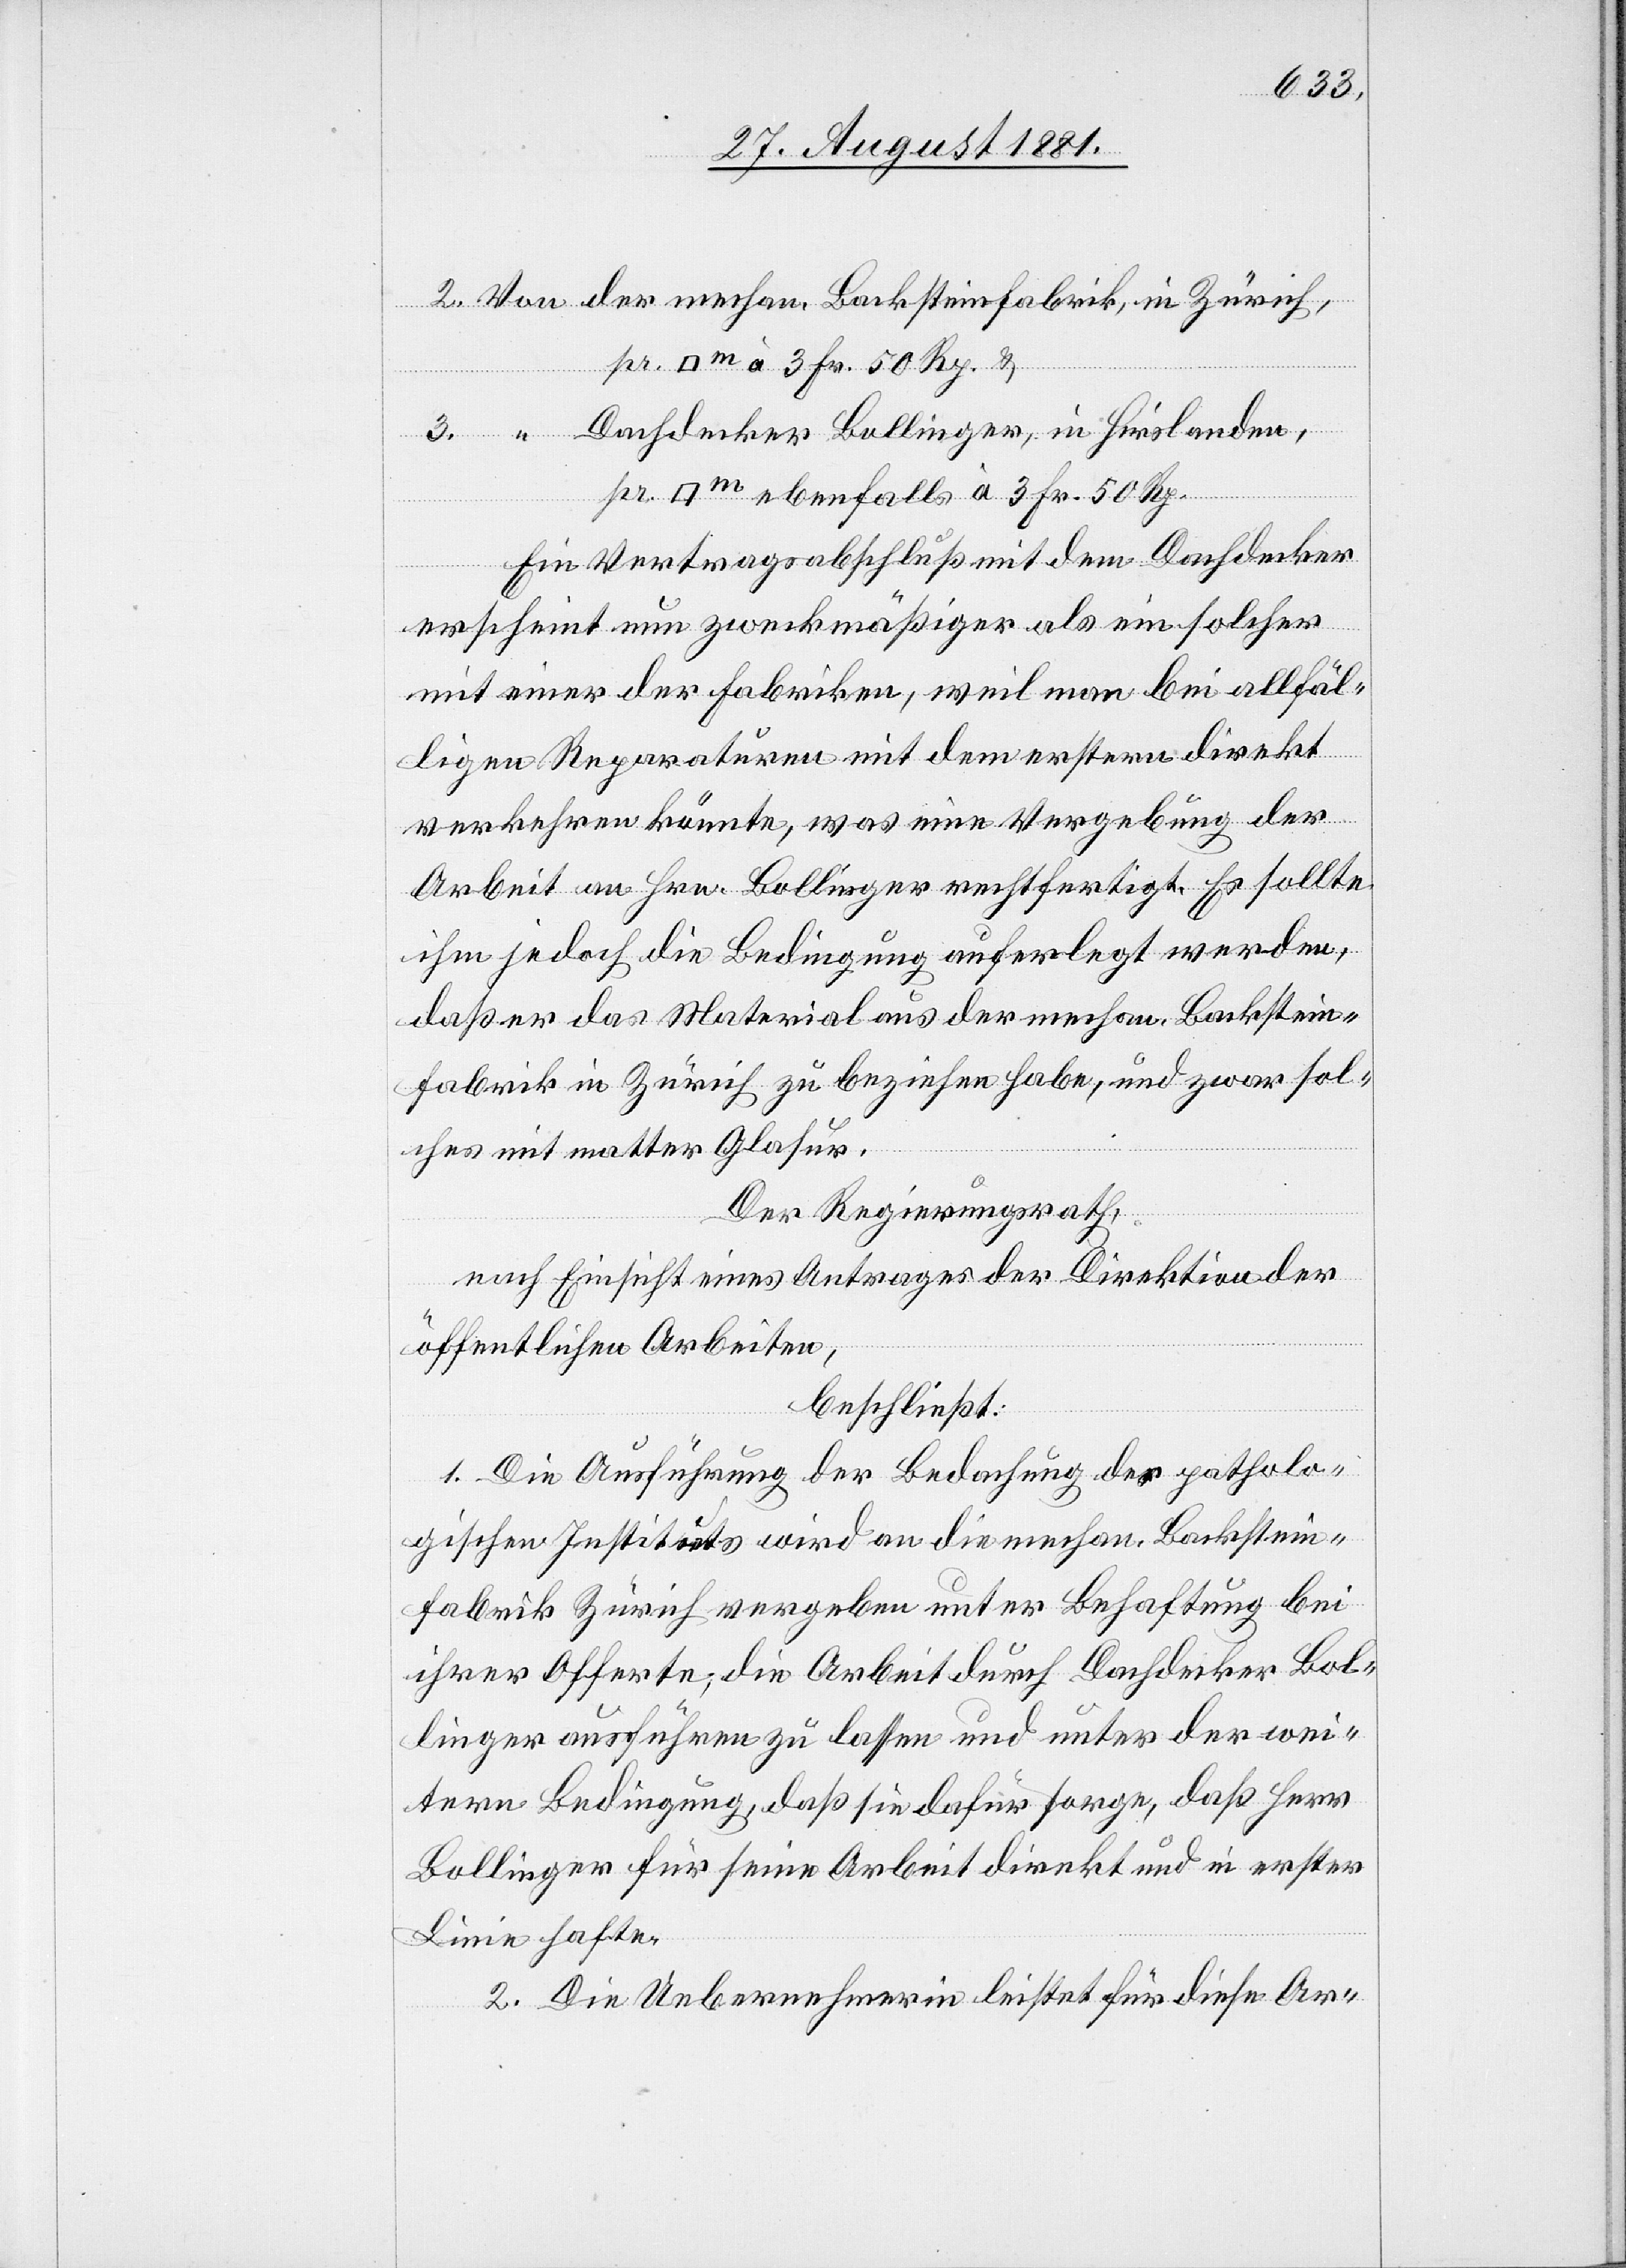
[Quadratmeter] à 3 Fr. 50 Rp. &
Dachdecker Bollinger, in Hirslanden,
[Quadratmeter] ebenfalls à 3 Fr. 50 Rp.
Ein Vertragsabschluß mit dem Dachdecker
erscheint nun zweckmäßiger als ein solcher
mit einer der Fabriken, weil man bei allfäl¬
2.
ligen Reparaturen mit dem erstern direkt
verkehren könnte, was eine Vergebung der
Arbeit an Hrn. Bollinger rechtfertigt. Es sollte
ihm jedoch die Bedingung auferlegt werden,
daß er das Material aus der mechan. Backstein¬
fabrik in Zürich zu beziehen habe, und zwar sol¬
ches mit matter Glasur.
Der Regierungsrath,
nach Einsicht eines Antrages der Direktion der
öffentlichen Arbeiten,
beschließt:
1. Die Ausführung der Bedachung des patholo¬
gischen Instituts wird an die mechan. Backstein¬
fabrik Zürich vergeben unter Behaftung bei
ihrer Offerte, die Arbeit durch Dachdecker Bol¬
linger ausführen zu lassen und unter der wei¬
tern Bedingung, daß sie dafür sorge, daß Herr
Bollinger für seine Arbeit direkt und in erster
Linie hafte.
2. Die Uebernehmerin leistet für diese Ar-